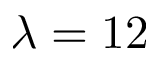
\lambda = 1 2